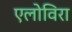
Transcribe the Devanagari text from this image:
एलोविरा